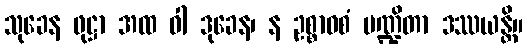
သုခေန ဖုဋ္ဌာ အထ ဝါ ဒုခေန၊ န ဥစ္စာဝစံ ပဏ္ဍိတာ ဒဿယန္တိ။